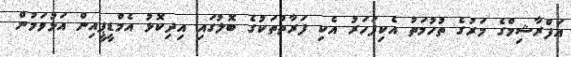
އަފްރާޝިމްގެ މަރުގެ ތުހުމަތު އެކިފަހަރު އެކި ފަރާތްތަކުގެ ބޮލުގައި އިދިކޮޅު އެމްޑީޕީއިން އަޅުވަމުން